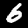
Digit: 6